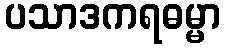
ပသာဒကရဓမ္မာ